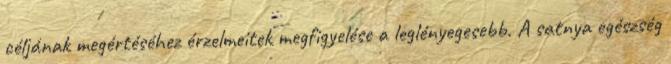
céljának megértéséhez érzelmeitek megfigyelése a leglényegesebb. A satnya egészség